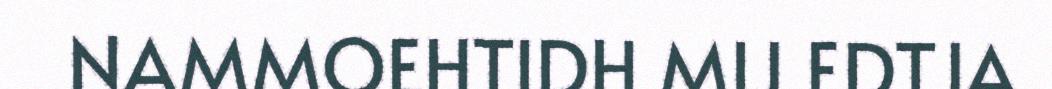
NAMMOEHTIDH MIJ EDTJA